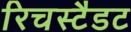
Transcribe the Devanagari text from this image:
रिचस्टैडट